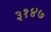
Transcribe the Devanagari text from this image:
३१४७